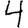
Digit: 4